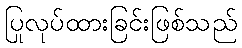
ပြုလုပ်ထားခြင်းဖြစ်သည်